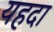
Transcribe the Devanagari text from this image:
यहदा